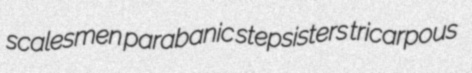
scalesmen parabanic stepsisters tricarpous